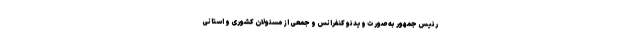
رئیس جمهور به صورت ویدئو کنفرانس و جمعی از مسئولان کشوری و استانی